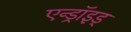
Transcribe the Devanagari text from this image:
एन्ड्रॉइड्